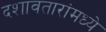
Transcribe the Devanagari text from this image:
दशावतारांमध्ये